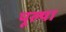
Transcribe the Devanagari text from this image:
पूल्या